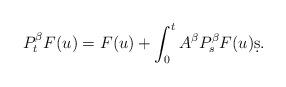
LaTeX: \begin{align*} P^\beta_t F(u)=F(u)+\int_0^t A^\beta P^\beta_sF(u)\d s.\end{align*}